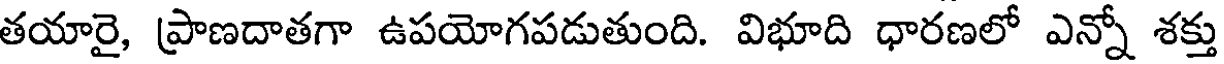
తయారై, ప్రాణదాతగా ఉపయోగపడుతుంది. విభూది ధారణలో ఎన్నో శక్తు